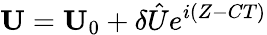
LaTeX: {\mathbf U}={\mathbf U}_{0}+\delta\hat{U}e^{i(Z-CT)}